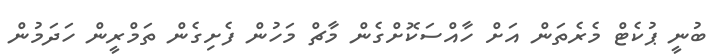
ބުނީ ޕުކެޓް މެރެތަން އަށް ހާއްސަކޮށްގެން މާޗް މަހުން ފެށިގެން ތަމްރީން ހަދަމުން